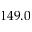
1 4 9 . 0